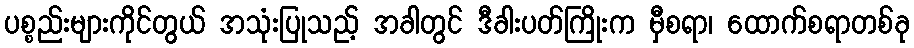
ပစ္စည်းများကိုင်တွယ် အသုံးပြုသည့် အခါတွင် ဒီခါးပတ်ကြိုးက မှီစရာ၊ ထောက်စရာတစ်ခု